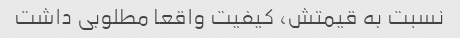
نسبت به قیمتش، کیفیت واقعا مطلوبی داشت